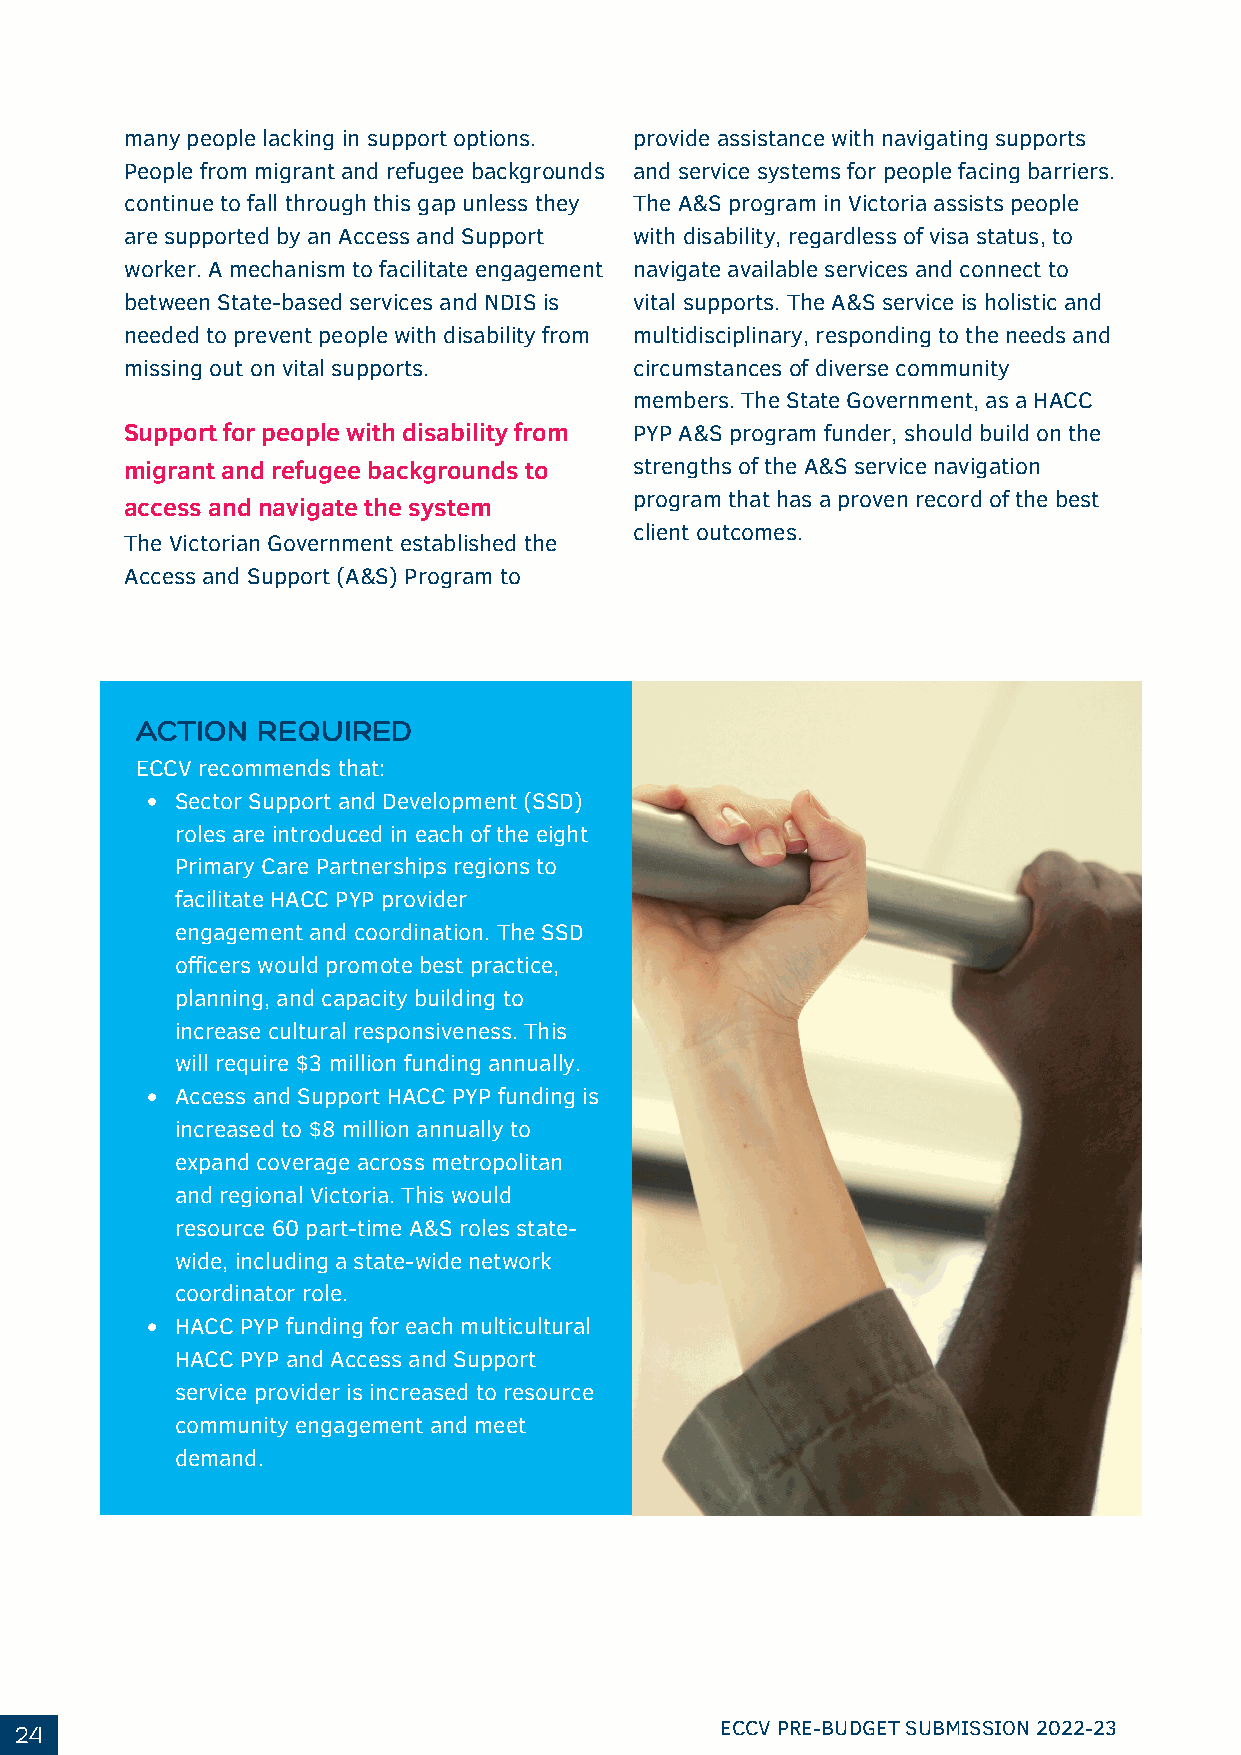
many people lacking in support options. provide assistance with navigating supports
 People from migrant and refugee backgrounds and service systems for people facing barriers.
 continue to fall through this gap unless they The A&S program in Victoria assists people
 are supported by an Access and Support with disability, regardless of visa status, to
 worker. A mechanism to facilitate engagement navigate available services and connect to
 between State-based services and NDIS is vital supports. The A&S service is holistic and
 needed to prevent people with disability from multidisciplinary, responding to the needs and
 missing out on vital supports.    circumstances of diverse community
 members. The State Government, as a HACC
 Support for people with disability from PYP A&S program funder, should build on the
 migrant and refugee backgrounds to strengths of the A&S service navigation
 program that has a proven record of the best
 access and navigate the system
 client outcomes.
 The Victorian Government established the
 Access and Support (A&S) Program to
 ACTION  REQUIRED
 ECCV recommends that:
 Sector Support and Development (SSD)
 roles are introduced in each of the eight
 Primary Care Partnerships regions to
 facilitate HACC PYP provider
 engagement and coordination. The SSD
 officers would promote best practice,
 planning, and capacity building to
 increase cultural responsiveness. This
 will require $3 million funding annually.
 Access and Support HACC PYP funding is
 increased to $8 million annually to
 expand coverage across metropolitan
 and regional Victoria. This would
 resource 60 part-time A&S roles state-
 wide, including a state-wide network
 coordinator role.
 HACC PYP funding for each multicultural
 HACC PYP and Access and Support
 service provider is increased to resource
 community engagement and meet
 demand.
 24                                             ECCV PRE-BUDGET SUBMISSION 2022-23